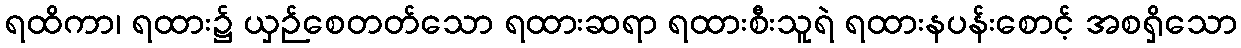
ရထိကာ၊ ရထား၌ ယှဉ်စေတတ်သော ရထားဆရာ ရထားစီးသူရဲ ရထားနပန်းစောင့် အစရှိသော